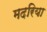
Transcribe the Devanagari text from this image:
मदरिया